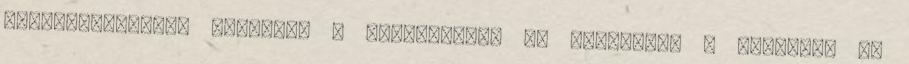
kigyönyörködtük magunkat a Kékestetőn, és megkaptuk a pecsétet és